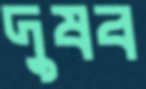
দুষব